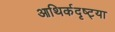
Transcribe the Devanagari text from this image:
आथिर्कदृष्ट्या